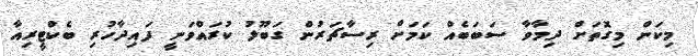
މިކަން މިގޮތަށް ދިމާވާ ސަބަބެއް ކަމަށް ރިސާޗަރުން ގަބޫލު ކުރައްވަނީ ފައިދާހުރި ބެކްޓީރިއާ